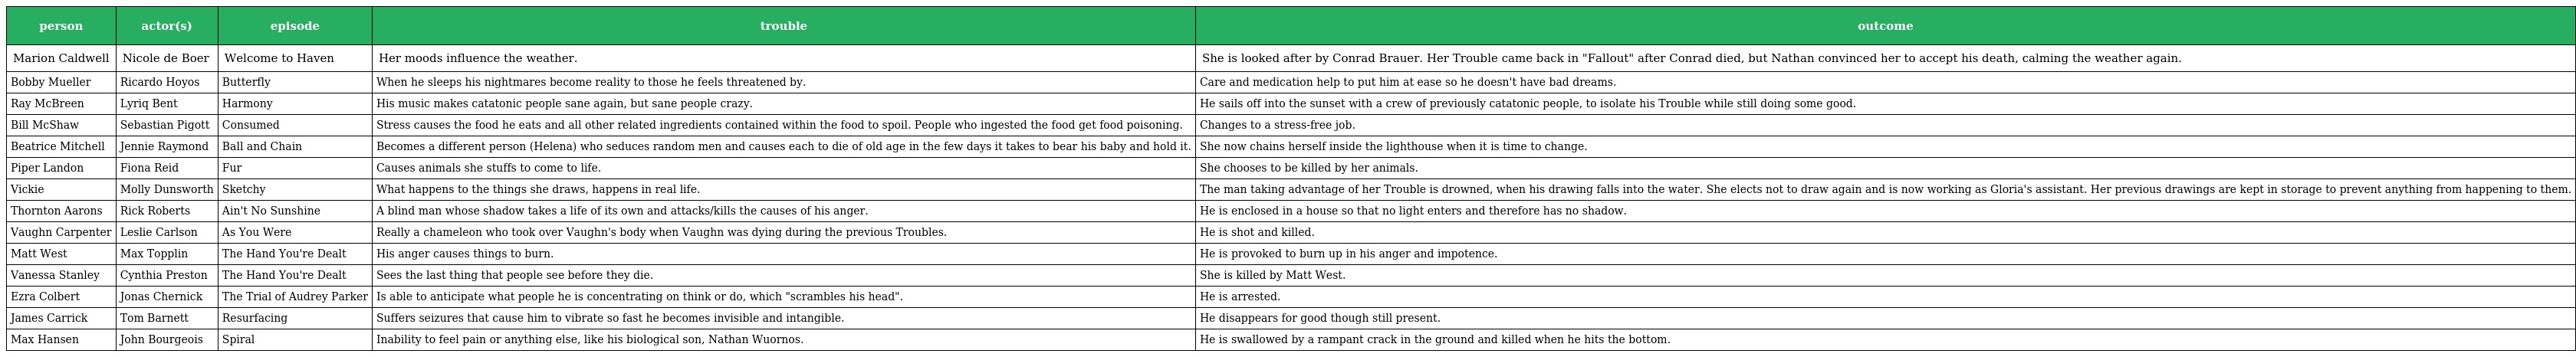
| person | actor(s) | episode | trouble | outcome |
 | --- | --- | --- | --- | --- |
 | Marion Caldwell | Nicole de Boer | Welcome to Haven | Her moods influence the weather. | She is looked after by Conrad Brauer. Her Trouble came back in "Fallout" after Conrad died, but Nathan convinced her to accept his death, calming the weather again. |
 | Bobby Mueller | Ricardo Hoyos | Butterfly | When he sleeps his nightmares become reality to those he feels threatened by. | Care and medication help to put him at ease so he doesn't have bad dreams. |
 | Ray McBreen | Lyriq Bent | Harmony | His music makes catatonic people sane again, but sane people crazy. | He sails off into the sunset with a crew of previously catatonic people, to isolate his Trouble while still doing some good. |
 | Bill McShaw | Sebastian Pigott | Consumed | Stress causes the food he eats and all other related ingredients contained within the food to spoil. People who ingested the food get food poisoning. | Changes to a stress-free job. |
 | Beatrice Mitchell | Jennie Raymond | Ball and Chain | Becomes a different person (Helena) who seduces random men and causes each to die of old age in the few days it takes to bear his baby and hold it. | She now chains herself inside the lighthouse when it is time to change. |
 | Piper Landon | Fiona Reid | Fur | Causes animals she stuffs to come to life. | She chooses to be killed by her animals. |
 | Vickie | Molly Dunsworth | Sketchy | What happens to the things she draws, happens in real life. | The man taking advantage of her Trouble is drowned, when his drawing falls into the water. She elects not to draw again and is now working as Gloria's assistant. Her previous drawings are kept in storage to prevent anything from happening to them. |
 | Thornton Aarons | Rick Roberts | Ain't No Sunshine | A blind man whose shadow takes a life of its own and attacks/kills the causes of his anger. | He is enclosed in a house so that no light enters and therefore has no shadow. |
 | Vaughn Carpenter | Leslie Carlson | As You Were | Really a chameleon who took over Vaughn's body when Vaughn was dying during the previous Troubles. | He is shot and killed. |
 | Matt West | Max Topplin | The Hand You're Dealt | His anger causes things to burn. | He is provoked to burn up in his anger and impotence. |
 | Vanessa Stanley | Cynthia Preston | The Hand You're Dealt | Sees the last thing that people see before they die. | She is killed by Matt West. |
 | Ezra Colbert | Jonas Chernick | The Trial of Audrey Parker | Is able to anticipate what people he is concentrating on think or do, which "scrambles his head". | He is arrested. |
 | James Carrick | Tom Barnett | Resurfacing | Suffers seizures that cause him to vibrate so fast he becomes invisible and intangible. | He disappears for good though still present. |
 | Max Hansen | John Bourgeois | Spiral | Inability to feel pain or anything else, like his biological son, Nathan Wuornos. | He is swallowed by a rampant crack in the ground and killed when he hits the bottom. |